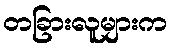
တခြားလူများက